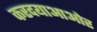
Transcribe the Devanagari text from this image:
करदयाआओर